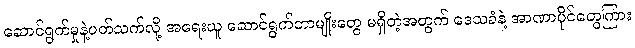
ဆောင်ရွက်မှုနဲ့ပတ်သက်လို့ အရေးယူ ဆောင်ရွက်တာမျိုးတွေ မရှိတဲ့အတွက် ဒေသခံနဲ့ အာဏာပိုင်တွေကြား